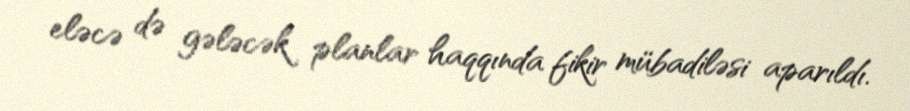
eləcə də gələcək planlar haqqında fikir mübadiləsi aparıldı.